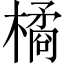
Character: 橘